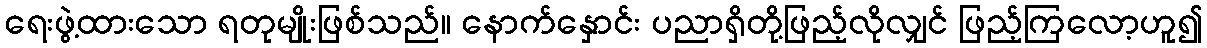
ရေးဖွဲ့ထားသော ရတုမျိုးဖြစ်သည်။ နောက်နှောင်း ပညာရှိတို့ဖြည့်လိုလျှင် ဖြည့်ကြလော့ဟူ၍